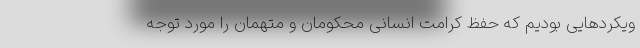
ویکردهایی بودیم که حفظ کرامت انسانی محکومان و متهمان را مورد توجه